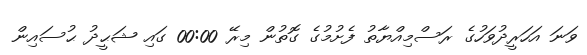
ވަނަ އަހަރީދުވަހުގެ ރަސްމިއްޔާތު ފެށުމުގެ ގޮތުން މިރޭ 00:00 ގައި ޝަޙީދު ޙުސައިން